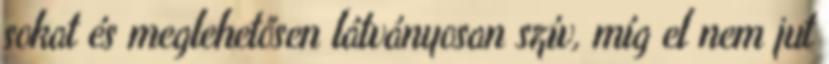
sokat és meglehetősen látványosan szív, míg el nem jut